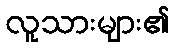
လူသားများ၏